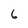
Character: 6